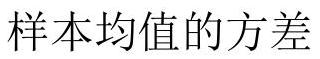
样本均值的方差